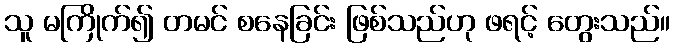
သူ မကြိုက်၍ တမင် စနေခြင်း ဖြစ်သည်ဟု ဖရင့် တွေးသည်။